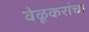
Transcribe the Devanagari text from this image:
वेळूकरांचा